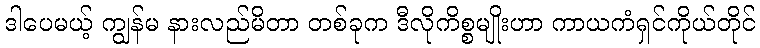
ဒါပေမယ့် ကျွန်မ နားလည်မိတာ တစ်ခုက ဒီလိုကိစ္စမျိုးဟာ ကာယကံရှင်ကိုယ်တိုင်